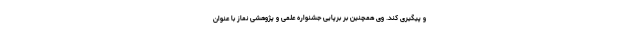
و پیگیری کند. وی همچنین بر برپایی جشنواره علمی و پژوهشی نماز با عنوان